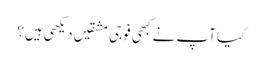
کیا آپ نے کبھی فوجی مشقیں دیکھی ہیں؟